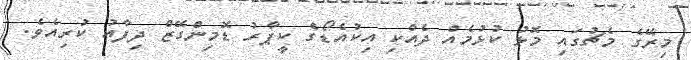
މިރޭގެ މެޗުގައި މޮޅު ކުޅުމެއް ދެއްކި އިކުއެޑޯގެ ކީޕާރު ޑޮމިންގޭޒް ދިފާއު ކުރިއެވެ.